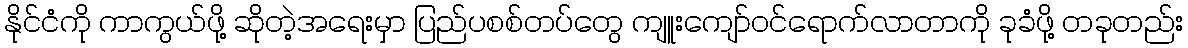
နိုင်ငံကို ကာကွယ်ဖို့ ဆိုတဲ့အရေးမှာ ပြည်ပစစ်တပ်တွေ ကျူးကျော်ဝင်ရောက်လာတာကို ခုခံဖို့ တခုတည်း